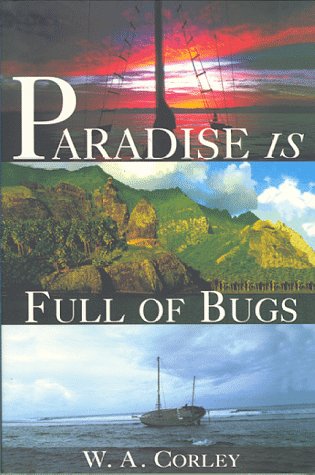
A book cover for Paradise Is Full of Bugs; W. A. Corley; Travel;